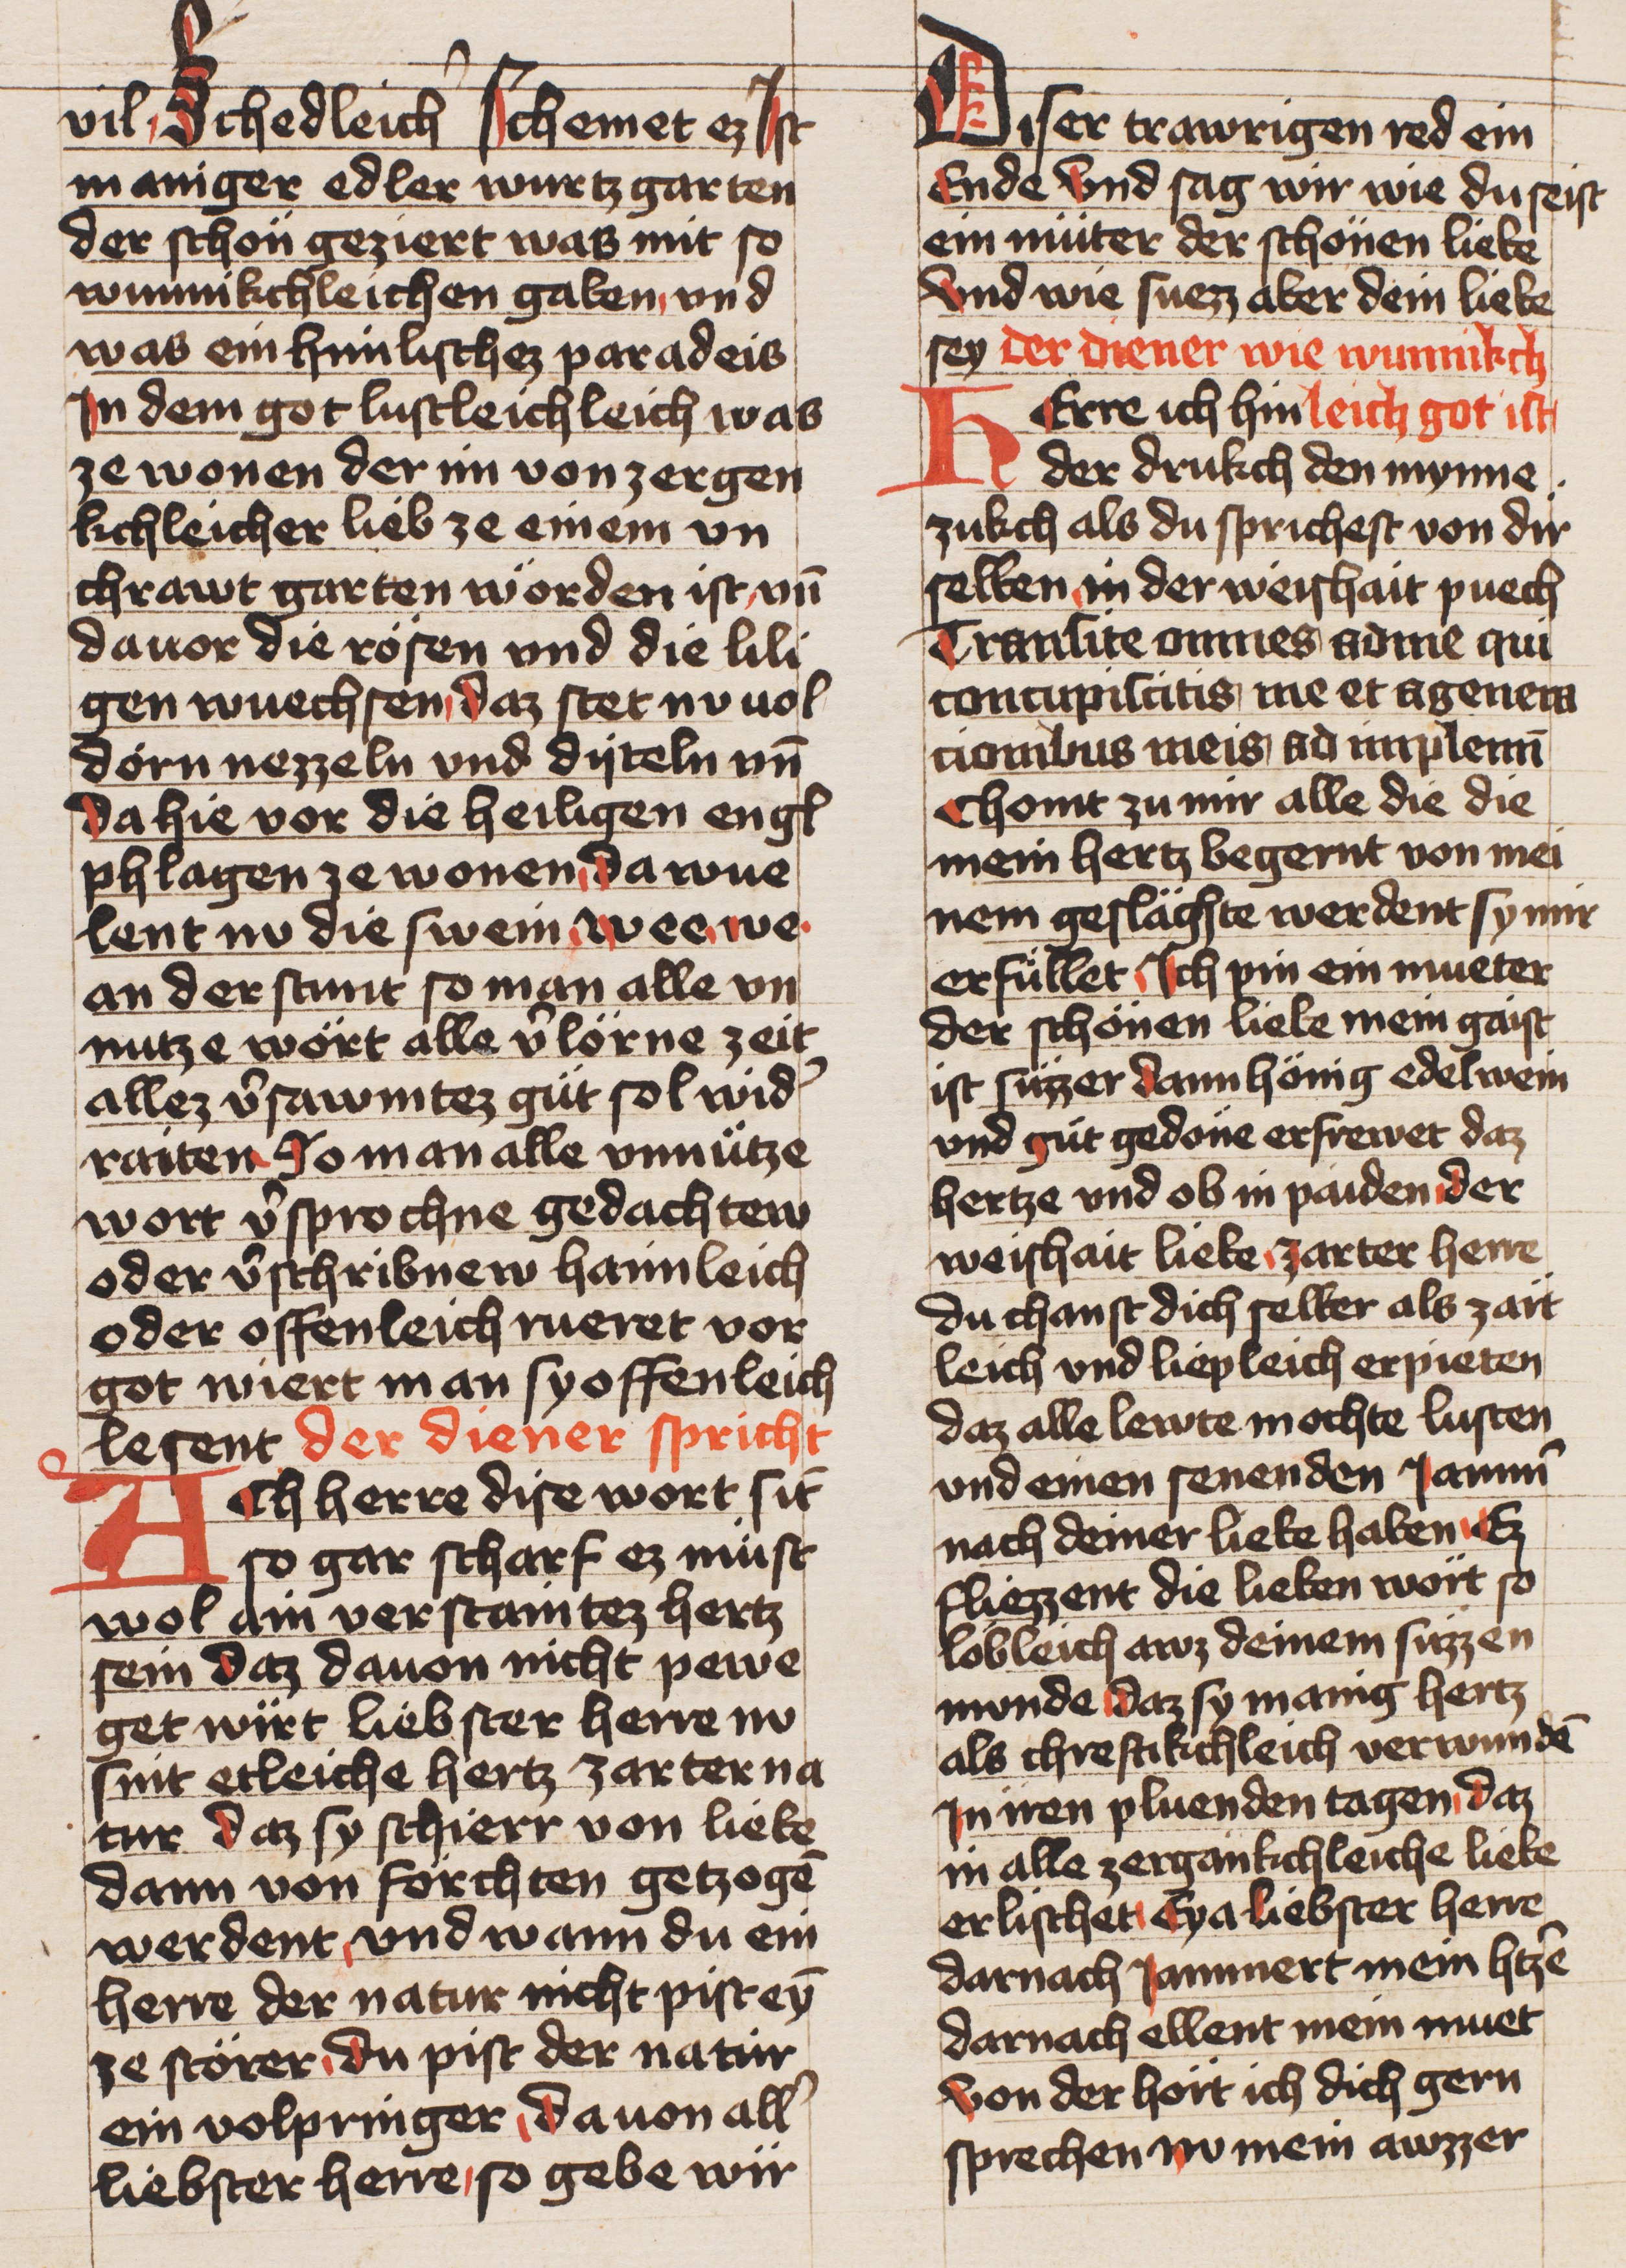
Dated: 1436–1436